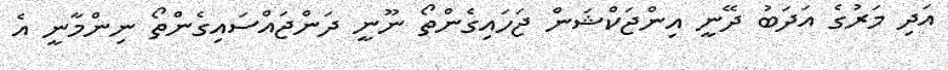
އަދި މަރުގެ އަދަބު ދޭނީ އިންޖަކްޝަން ޖަހައިގެންތޯ ނޫނީ ދަންޖައްސައިގެންތޯ ނިންމާނީ އެ